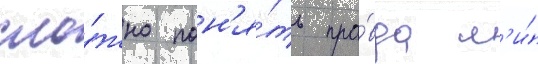
сло́жно пон'я́ть пра́вда л'и́